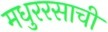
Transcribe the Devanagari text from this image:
मधुररसाची